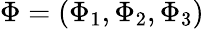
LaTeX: \Phi=(\Phi_{1},\Phi_{2},\Phi_{3})